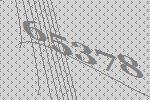
65378